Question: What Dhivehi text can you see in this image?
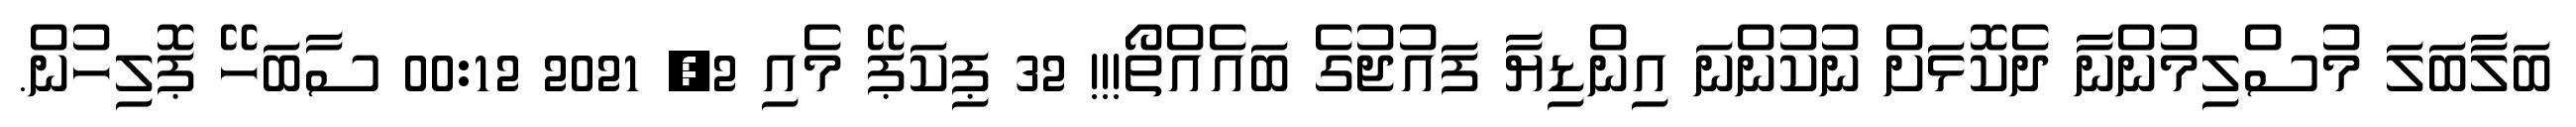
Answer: ބަލާބަލަ މުސްލިމުންނާ ދެކޮޅަށް ނުކުންނަ އިންޑިޔާ ފައުޖުގެ ބައެއްތޯ!!! 32 ޕިކަޕޭ މެއި 2, 2021 00:12 ސާބަހޭ ޕޮލިހުން.